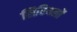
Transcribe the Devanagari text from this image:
सिरियलों